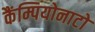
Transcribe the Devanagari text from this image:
कैंम्पियोनाटो